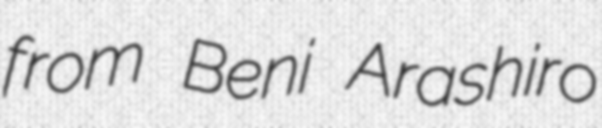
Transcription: from Beni Arashiro